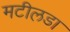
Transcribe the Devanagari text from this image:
मटीलडा